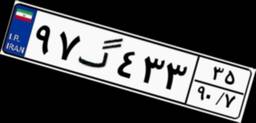
۹۷گ۴۳۳۳۵